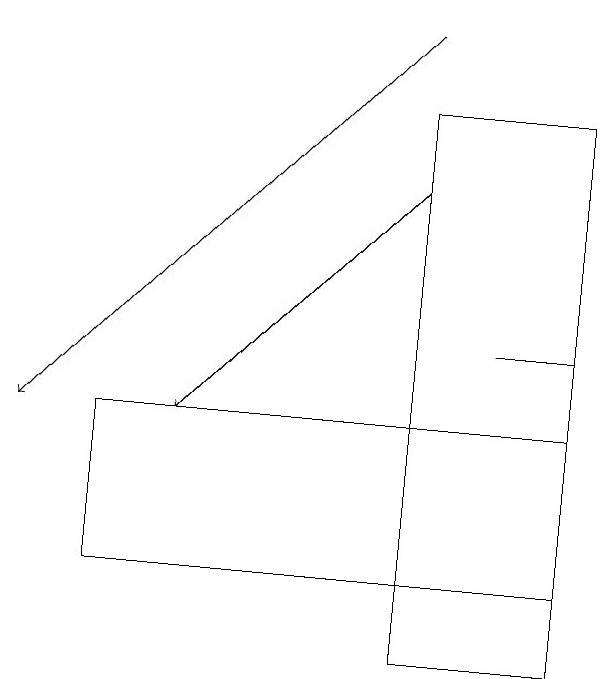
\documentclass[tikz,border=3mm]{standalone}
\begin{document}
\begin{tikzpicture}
\draw[->] (7,17) -- (4,14);
\draw (3,14) rectangle (9,12);
\draw (8,15) rectangle (9,15);
\draw (9,18) rectangle (7,11);
\draw[->] (7,19) -- (2,14);
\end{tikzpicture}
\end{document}